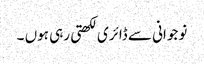
نوجوانی سے ڈائری لکھتی رہی ہوں ۔